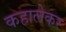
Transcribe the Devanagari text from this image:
कहालेकर